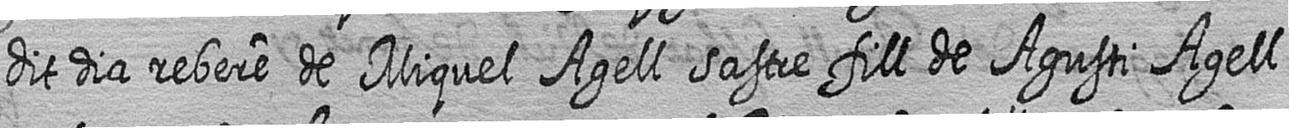
dit dia rebere de Miquel Agell sastre fill de Agusti Agell